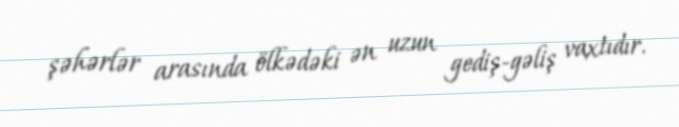
şəhərlər arasında ölkədəki ən uzun gediş-gəliş vaxtıdır.